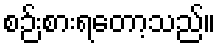
စဉ်းစားရတော့သည်။